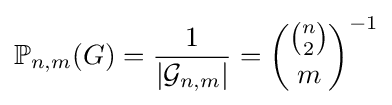
\mathbb {P} _{n,m}(G)={\frac {1}{|{\mathcal {G}}_{n,m}|}}={\binom {\binom {n}{2}}{m}}^{-1}